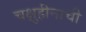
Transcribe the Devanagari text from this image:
चक्षुहीनाची